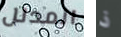
المدلل ذ